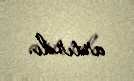
artırdı.